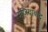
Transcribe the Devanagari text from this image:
गजियाबाद